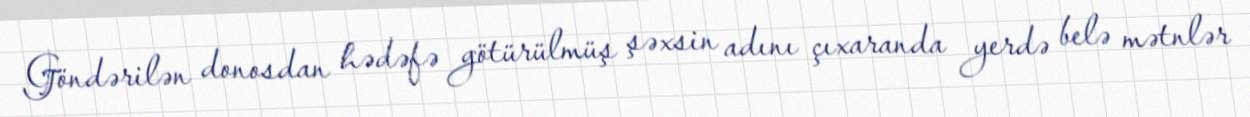
Göndərilən donosdan hədəfə götürülmüş şəxsin adını çıxaranda yerdə belə mətnlər